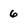
Character: 6